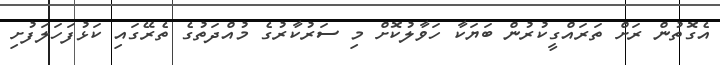
އެގޮތުން ރަށް ތަރައްގީކުރުން ބަޔަކާ ހަވާލުކޮށް މި ސަރުކާރުގެ މުއްދަތުގެ ތެރޭގައި ކަޅުފަހަލަފުށި